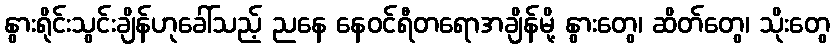
နွားရိုင်းသွင်းချိန်ဟုခေါ်သည့် ညနေ နေဝင်ရီတရောအချိန်မို့ နွားတွေ၊ ဆိတ်တွေ၊ သိုးတွေ